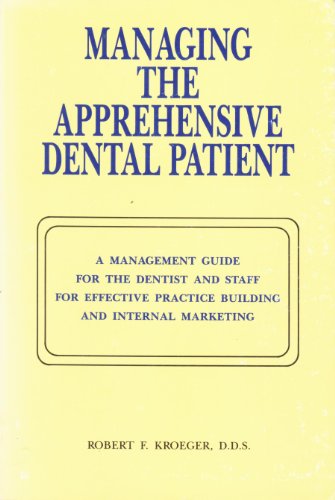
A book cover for Managing the Apprehensive Dental Patient; Robert Kroeger; Medical Books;